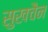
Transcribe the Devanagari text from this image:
सुखचैन